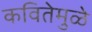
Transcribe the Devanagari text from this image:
कवितेमुळे